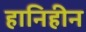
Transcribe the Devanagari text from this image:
हानिहीन